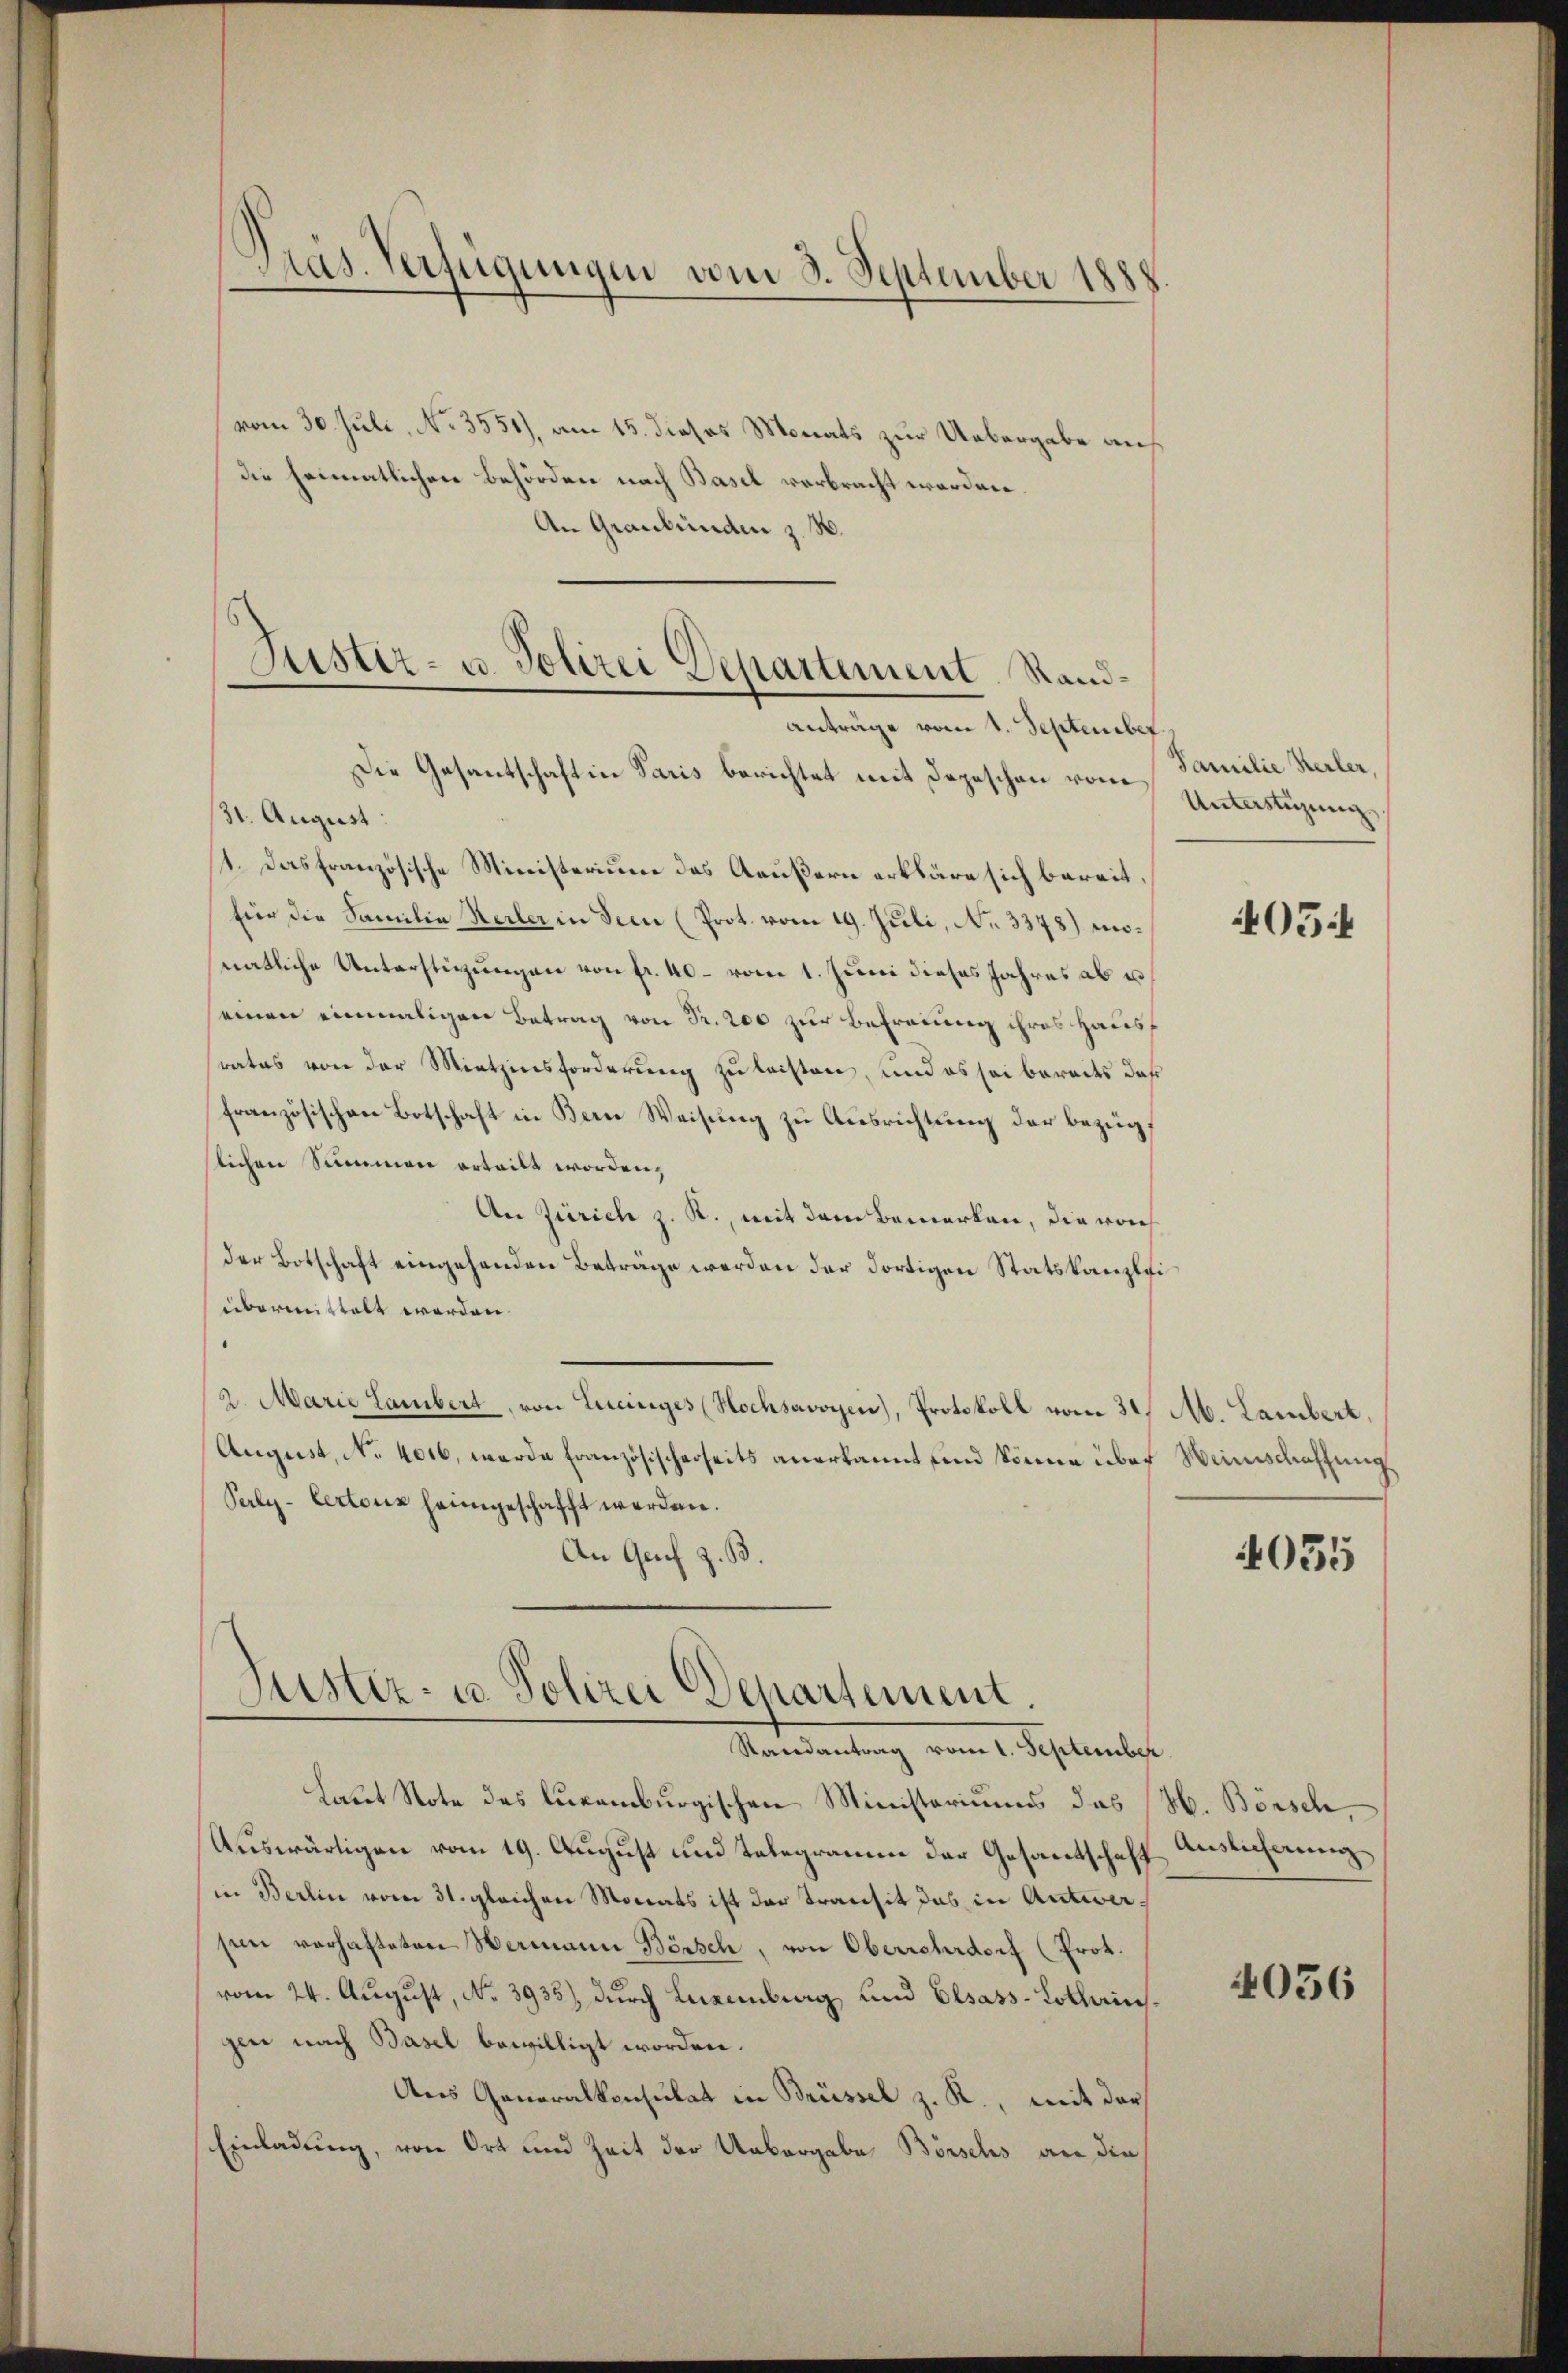
Präs. Verfügungen vom 3. September 1888.

vom 30. Juli, No 3551), am 15. dieses Monats zur Uebergabe anf
die heimatlichen Behörden nach Basel verbracht worden.
An Graubünden z. B.
Die Gesantschaft in Paris berichtet mit Depeschen von Unterstigung
131. August:
1. Das französische Ministerium des Aeußern erkläre sich bereit,
für die Familie Heiler in Seen (Prot. vom 19. Juli, No 3378) monatliche Unterstüzungen von fr. 40 - vom 1. Juni dieses Jahres ab es
einen einmaligen Betrag von Fr. 200 zur Befreuung ihres Haus
srates von der Miethzinsforderung zu leisten, und es sei bereits daß
französischen Botschaft in Bern Weisung zu Ausrichtung der bezügslichen Summen erteilt worden,
An Zürich z. R., mit dem Bemerken, die von
der Botschaft eingehenden Beträge werden der dortigen Statskanzlei
übermittelt werden.
2. Marie Lambert, von Leinges (Hochsavoyen), Protokoll vom 31. A. Lambert,
August, No. 4016, wurde Französischerseits anerkannt und könne über Weinschaffung
Perly-Lertonz heimgeschafft werden.
An Graf z. B.

Justiz- u. Polizei Departement Randanträge vom 1. September

Justiz- u. Polizei Departement.
Randantrag vom 1. September

Laut Note des luxamburgischen Ministeriums das (H. Börsch,
Auswärtigen vom 19. August und Telegramm der Gesantschaft Auslichnung
in Berlin vom 31. gleichen Monats ist der Transit das in Antwersen verhafteten Wermann Börsch, von Oberwehrdorf (Prot.
vom 24. August, No. 3935), durch Luxenburg und Elsass-Lothrin.
gen nach Basel bewilligt worden.
Aus Generalkonsulat in Brüssel z. R., mit der
Einladung, von Ort und Zeit der Uebergabe Börschs an die

Familie Heiler,

405

4055

4036